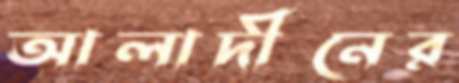
আলাদীনের